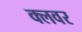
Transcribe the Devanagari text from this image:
क्लवर